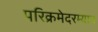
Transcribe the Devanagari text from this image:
परिक्रमेदरम्यान